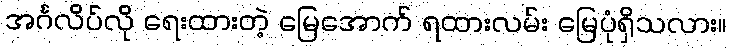
အင်္ဂလိပ်လို ရေးထားတဲ့ မြေအောက် ရထားလမ်း မြေပုံရှိသလား။